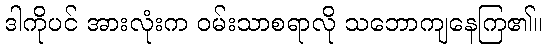
ဒါကိုပင် အားလုံးက ဝမ်းသာစရာလို သဘောကျနေကြ၏။